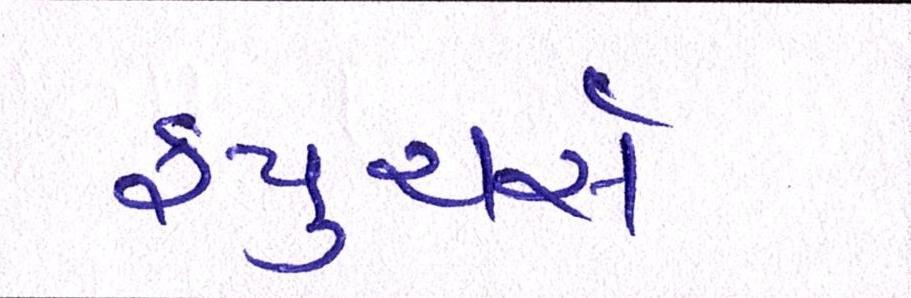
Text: ફ્યુચર્સ